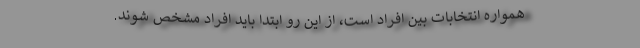
همواره انتخابات بین افراد است، از این رو ابتدا باید افراد مشخص شوند.